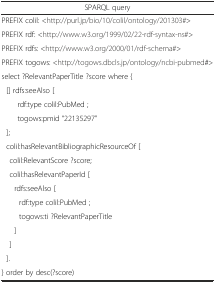
<table><thead><tr><td><b>SPARQL query</b></td></tr></thead><tbody><tr><td>PREFIX colil: &lt;http://purl.jp/bio/10/colil/ontology/201303#&gt;</td></tr><tr><td>PREFIX rdf: &lt;http://www.w3.org/1999/02/22-rdf-syntax-ns#&gt;</td></tr><tr><td>PREFIX rdfs: &lt;http://www.w3.org/2000/01/rdf-schema#&gt;</td></tr><tr><td>PREFIX togows: &lt;http://togows.dbcls.jp/ontology/ncbi-pubmed#&gt;</td></tr><tr><td>select ?RelevantPaperTitle ?score where {</td></tr><tr><td>[] rdfs:seeAlso [</td></tr><tr><td>rdf:type colil:PubMed ;</td></tr><tr><td>togows:pmid “22135297”</td></tr><tr><td>];</td></tr><tr><td>colil:hasRelevantBibliographicResourceOf [</td></tr><tr><td>colil:RelevantScore ?score;</td></tr><tr><td>colil:hasRelevantPaperId [</td></tr><tr><td>rdfs:seeAlso [</td></tr><tr><td>rdf:type colil:PubMed ;</td></tr><tr><td>togows:ti ?RelevantPaperTitle</td></tr><tr><td>]</td></tr><tr><td> ]</td></tr><tr><td>].</td></tr><tr><td>} order by desc(?score)</td></tr></tbody></table>